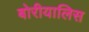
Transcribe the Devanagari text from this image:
बोरीयालिस